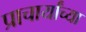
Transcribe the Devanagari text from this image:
प्राचार्यांच्या